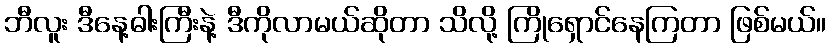
ဘီလူး ဒီနေ့ဓါးကြီးနဲ့ ဒီကိုလာမယ်ဆိုတာ သိလို့ ကြိုရှောင်နေကြတာ ဖြစ်မယ်။